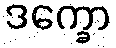
ဒက္ခော